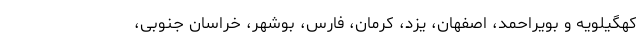
کهگیلویه و بویراحمد، اصفهان، یزد، کرمان، فارس، بوشهر، خراسان جنوبی،